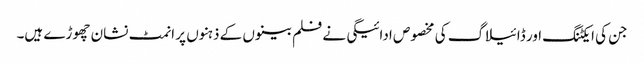
جن کی ایکٹنگ اور ڈائیلاگ کی مخصوص ادائیگی نے فلم بینوں کے ذہنوں پر انمٹ نشان چھوڑے ہیں۔